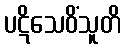
ပဋိသေဝိံသူတိ